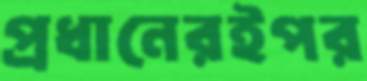
প্রধানেরইপর